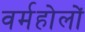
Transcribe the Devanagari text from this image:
वर्महोलों